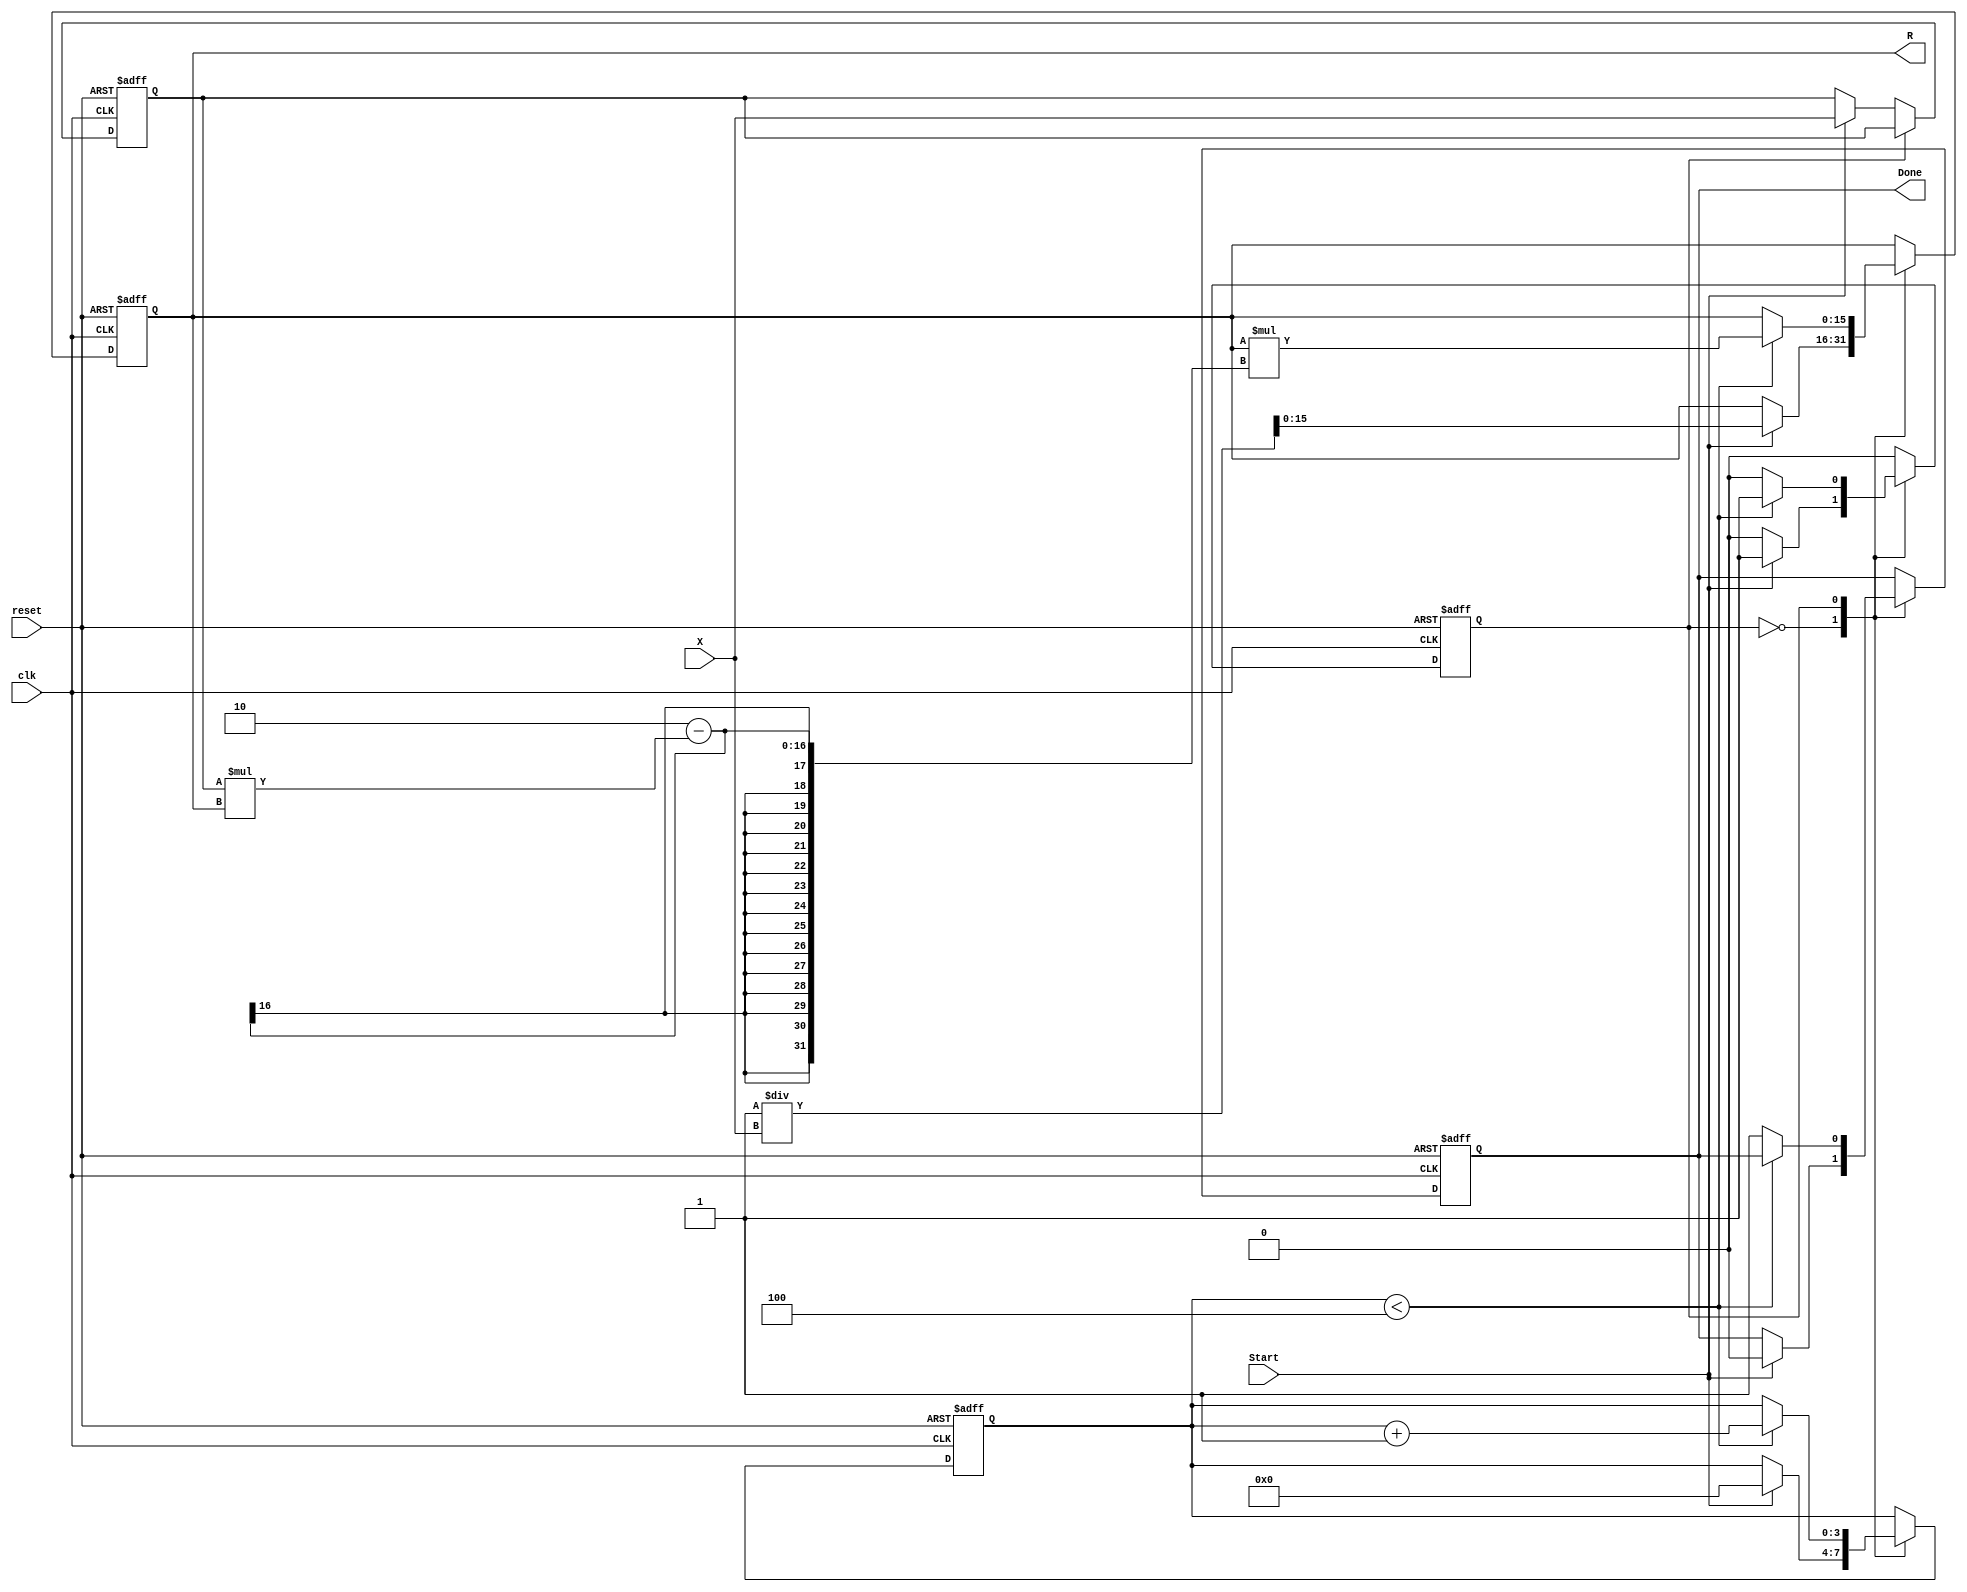
module NewtonRaphsonReciprocal #(
    parameter N = 16,     // Input width
    parameter M = 16,     // Output width
    parameter K = 4       // Number of iterations
)(
    input  wire [N-1:0] X,       // Input number
    input  wire Start,            // Start signal
    input  wire clk,              // Clock signal
    input  wire reset,            // Reset signal
    output reg [M-1:0] R,         // Reciprocal output
    output reg Done               // Done signal
);
    
    // Internal registers
    reg [M-1:0] R_next;          // Next value of R
    reg [N-1:0] X_reg;           // Input register
    reg [3:0] iteration;          // Iteration counter
    reg state;                   // State for control logic

    // Intermediate signals
    wire [M-1:0] X_mul_R;        // X * R
    
    // Multiplier for X * R
    assign X_mul_R = X_reg * R; 
    
    // Control Logic
    always @(posedge clk or posedge reset) begin
        if (reset) begin
            R <= 0;
            X_reg <= 0;
            iteration <= 0;
            Done <= 0;
            state <= 0;
        end else begin
            case (state)
                0: if (Start) begin
                        // Initialize R0 = (2^M) / X
                        // Let's select R0 = 1 << (M-N); This assumes X is non-zero
                        R <= (1 << (M-N)) / X; 
                        X_reg <= X;
                        iteration <= 0;
                        Done <= 0;
                        state <= 1; // Move to iteration state
                   end
                
                1: begin
                    // Perform iteration
                    if (iteration < K) begin
                        R_next = R * (2 - X_mul_R);  // Newton-Raphson step
                        R <= R_next;
                        iteration <= iteration + 1;
                    end else begin
                        Done <= 1; // Mark done after K iterations
                        state <= 0; // Go back to initialization state
                    end
                   end
            endcase
        end
    end

endmodule